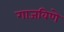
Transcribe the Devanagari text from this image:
गाजविणे